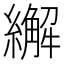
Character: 繲